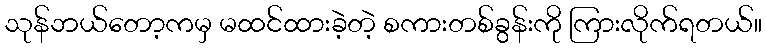
သုန်ဘယ်တော့ကမှ မထင်ထားခဲ့တဲ့ စကားတစ်ခွန်းကို ကြားလိုက်ရတယ်။